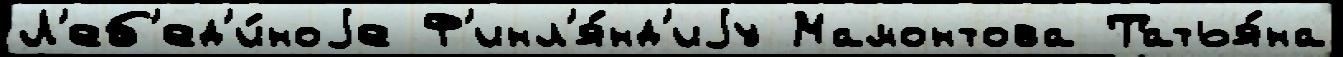
Л'еб'ед'и́ноjе Ф'инл'я́нд'иjу Мамонтова Татья́на